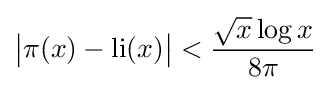
{\big |}\pi (x)-\operatorname {li} (x){\big |}<{\frac {{\sqrt {x}}\log x}{8\pi }}